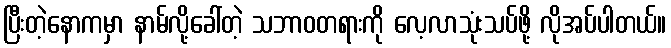
ပြီးတဲ့နောကမှာ နာမ်လို့ခေါ်တဲ့ သဘာဝတရားကို လေ့လာသုံးသပ်ဖို့ လိုအပ်ပါတယ်။